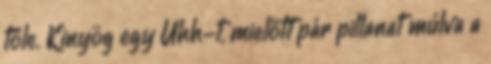
tőle. Kinyög egy Uhh-t, mielőtt pár pillanat múlva a